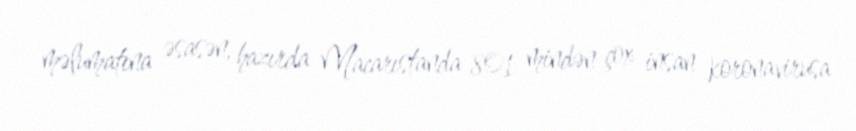
məlumatına əsasən, hazırda Macarıstanda 801 mindən çox insan koronavirusa